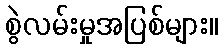
စွဲလမ်းမှုအပြစ်များ။